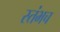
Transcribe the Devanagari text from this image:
स्तंभच